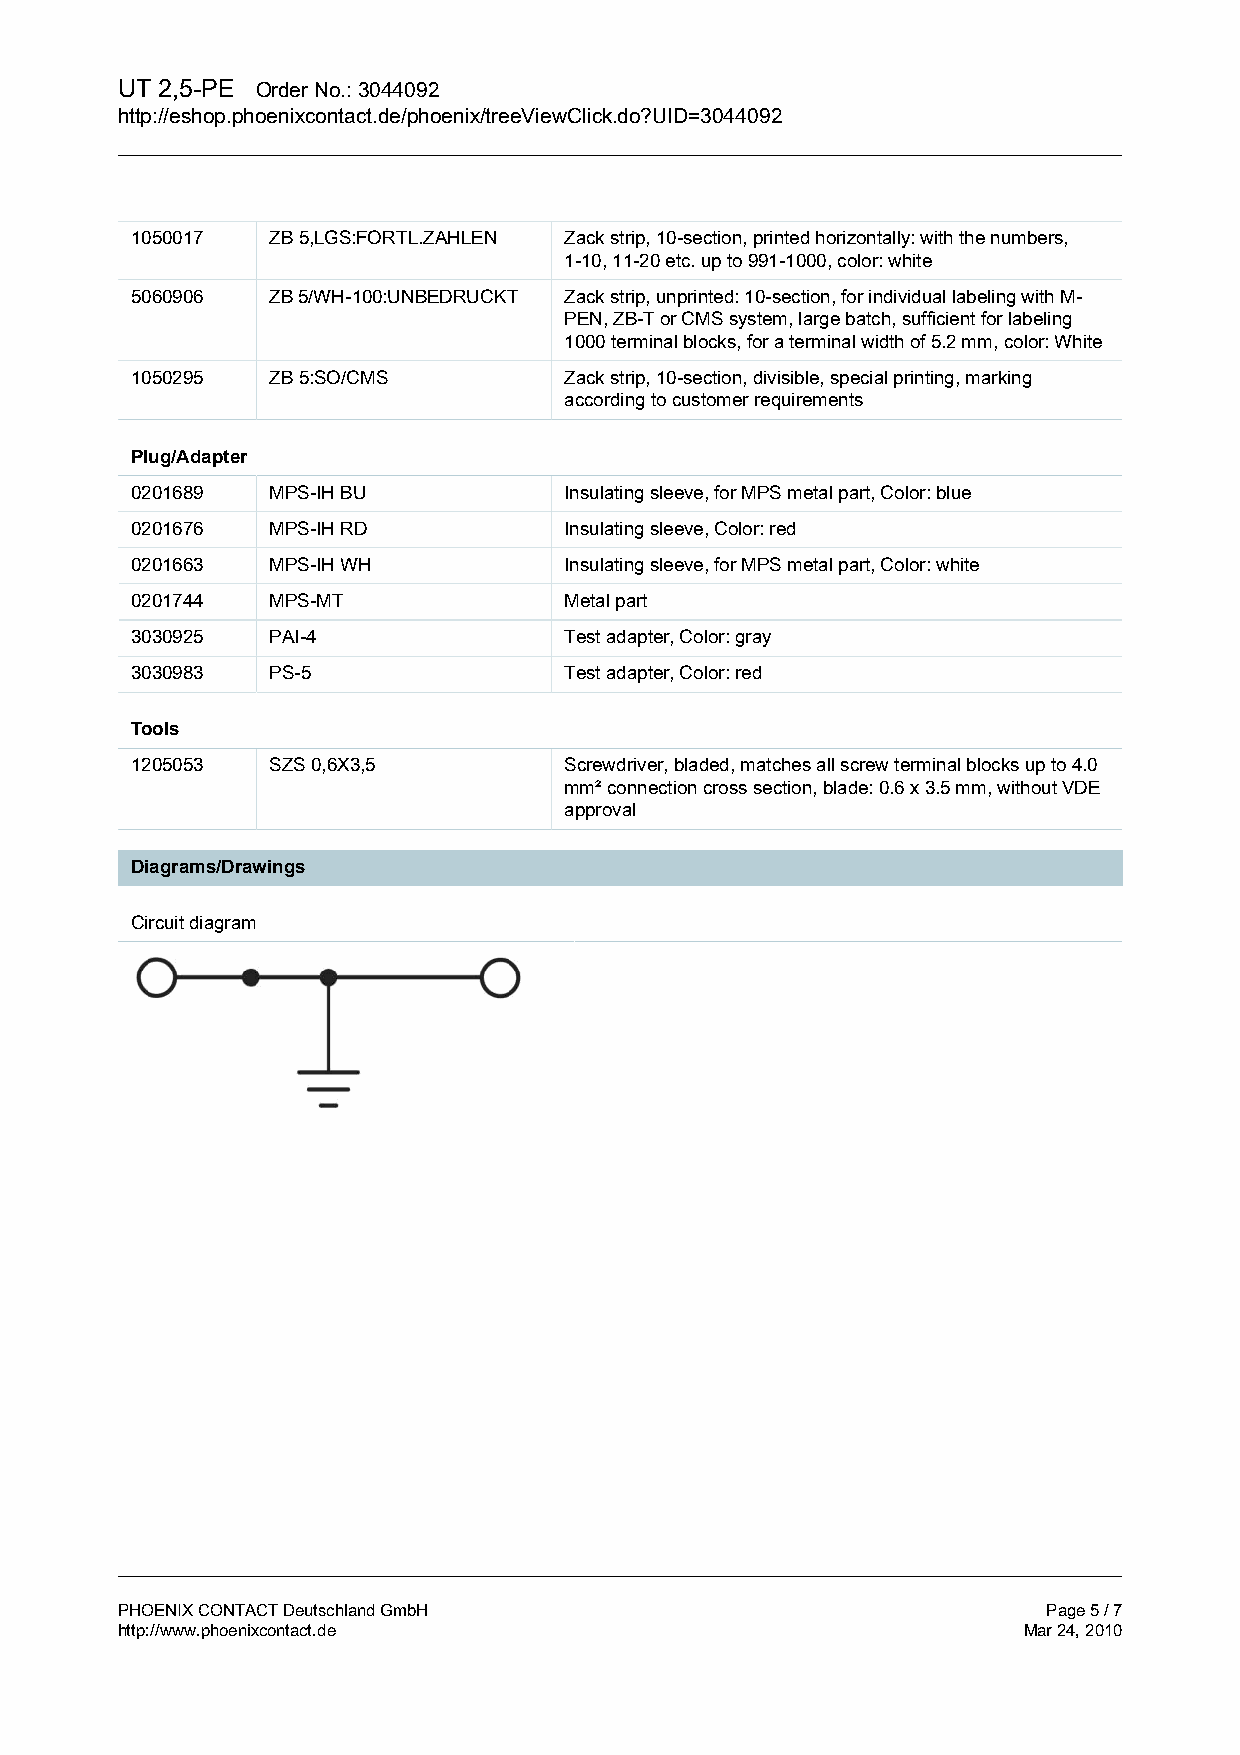
UT 2,5-PE Order No.: 3044092
 http://eshop.phoenixcontact.de/phoenix/treeViewClick.do?UID=3044092
 1050017  ZB 5,LGS:FORTL.ZAHLEN Zack strip, 10-section, printed horizontally: with the numbers,
 1-10, 11-20 etc. up to 991-1000, color: white
 5060906  ZB 5/WH-100:UNBEDRUCKT Zack strip, unprinted: 10-section, for individual labeling with M-
 PEN, ZB-T or CMS system, large batch, sufficient for labeling
 1000 terminal blocks, for a terminal width of 5.2 mm, color: White
 1050295  ZB 5:SO/CMS        Zack strip, 10-section, divisible, special printing, marking
 according to customer requirements
 Plug/Adapter
 0201689  MPS-IH BU          Insulating sleeve, for MPS metal part, Color: blue
 0201676  MPS-IH RD          Insulating sleeve, Color: red
 0201663  MPS-IH WH          Insulating sleeve, for MPS metal part, Color: white
 0201744  MPS-MT             Metal part
 3030925  PAI-4              Test adapter, Color: gray
 3030983  PS-5               Test adapter, Color: red
 Tools
 1205053  SZS 0,6X3,5        Screwdriver, bladed, matches all screw terminal blocks up to 4.0
 mm² connection cross section, blade: 0.6 x 3.5 mm, without VDE
 approval
 Diagrams/Drawings
 Circuit diagram
 PHOENIX CONTACT Deutschland GmbH                             Page 5 / 7
 http://www.phoenixcontact.de                                Mar 24, 2010